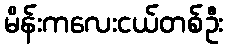
မိန်းကလေးငယ်တစ်ဦး